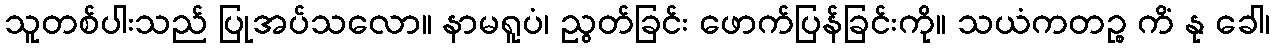
သူတစ်ပါးသည် ပြုအပ်သလော။ နာမရူပံ၊ ညွတ်ခြင်း ဖောက်ပြန်ခြင်းကို။ သယံကတဉ္စ ကိံ နု ခေါ၊